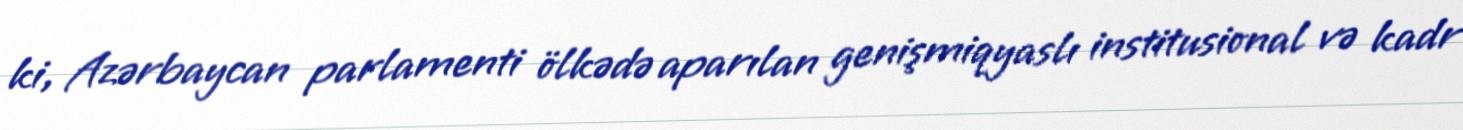
ki, Azərbaycan parlamenti ölkədə aparılan genişmiqyaslı institusional və kadr